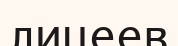
лицеев